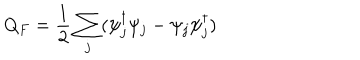
Q _ { F } = \frac { 1 } { 2 } \sum _ { j } ( \psi _ { j } ^ { \dagger } \psi _ { j } - \psi _ { j } \psi _ { j } ^ { \dagger } )